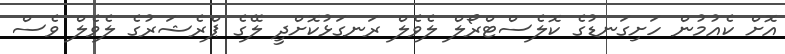
އޮށް ކެއުމުން ހަށިގަނޑުގެ ކޮލެސްޓްރޯލް ލެވެލް ރަނގަޅުކޮށްދީ ލޭގެ ޕްރެޝަރުގެ ލެވެލް ވެސް